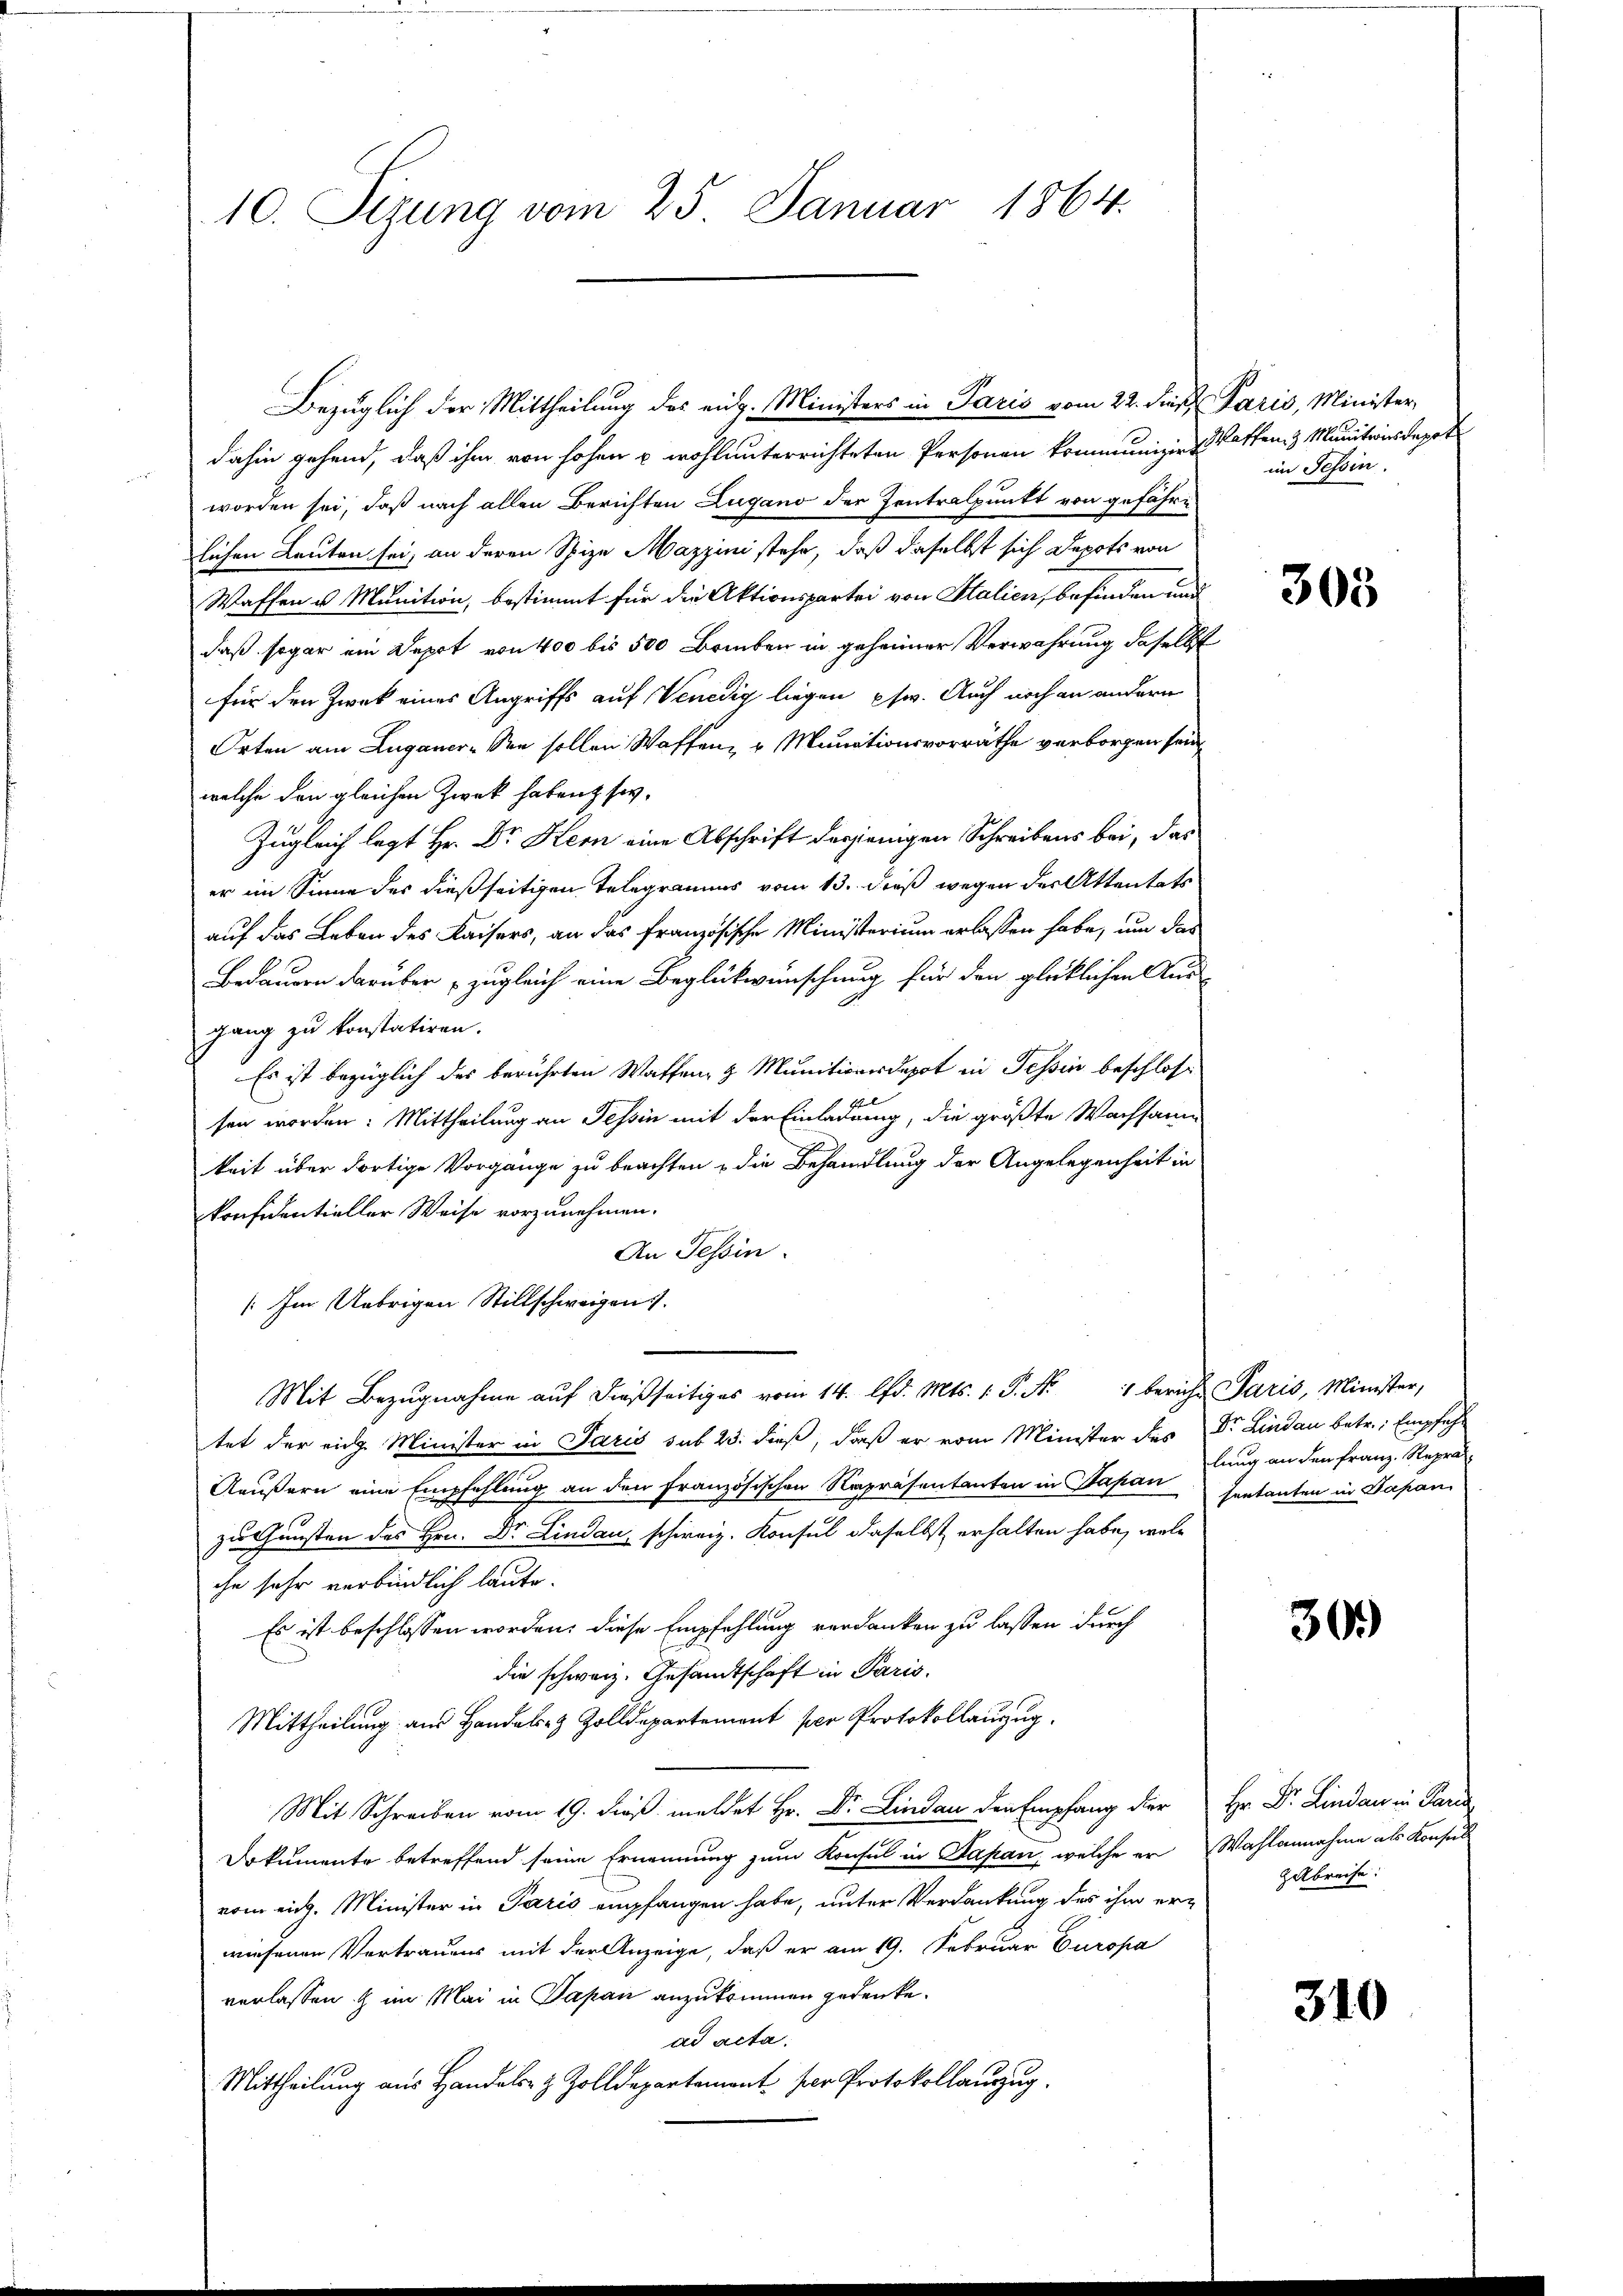
10. Sizung vom 25. Januar 1864.

Bezüglich der Mittheilung des eidg. Ministers in Paris vom 22. dieß Paris, Minister
dahin gehend, daß ihm von hohen u wohl unterrichteten Personen kommuniger Waffen & Munitrius depot
worden sei, daß nach allen Berichten Zugano der Zentralpunkt von gefährlichen Leuten sei, an deren Spize Mazzini stehe, daß daselbst sich Depots von
Waffen u Munition, bestimmt für die Aktionspartei von Stalien, befinden und
daß sogar ein Depot von 400 bis 500 Brieben in geheimer Verwahrung daselbst
für den Zwek eines Angriffs auf Venedig liegen psw. Auch noch an andern
Orten am Luganer-See sollen Waffen- u Munationsvorräthe verborgen sein
welche den gleichen Zweck haben sov
Zugleich legt Hr. Dr Kern eine Abschrift derjenigen Schreibens bei, das
er im Sinne des dießseitigen Telegramms vom 13. dieß wegen der Attentats
auf das Leben des Kaisers, an das französische Ministerium erlassen habe, um das
Bedauern darüber zugleich eine Beglückwünschung für den glücklichen Ausgang zu konstatiren.
Es ist bezüglich des berührten Waffen- & Muniticardepot in Tessin beschlosf Stel
sen worden: Mittheilung an Tessin mit der Einladung, die größte Wachsame
keit über dortige Vorgänge zu beachten, die Behandlung der Angelegenheit in
konfidentieller Weise vorzunehmen.
An Tessin.
[Im Uebrigen Stillschweigen.
Mit Bezugnahme auf dießseitiges vom 14. d. Mts. 1. P. Nr. 1 bericht Paris, Minister,
tet der rich Minister in Paris sub 23. dieß, daß er vom Minister des Dr. Lindau betr. Empfeh¬
Aeußern eine Empfehlung an den Französischen Repräsentanten in Papan
zu Gunsten des Hrn. Dr. Lindau, schweiz. Konsul daselbst erhalten habe, welche sehr verbindlich laute.
Es ist beschlossen worden, diese Empfehlung verdanken zu lassen durch
die schweiz. Gesandtschaft in Paris.
Mittheilung aus Handels- & Zolldepartement per Protokollauszug.
Mit Schreiben vom 19. dieß meldet Hr. Dr. Lindau den Empfang der
Dokumente betreffend seine Ernennung zum Konsul in Papan, welche er Wahlannahme als Konsul
vom eidg. Minister in Paris empfangen habe, unter Verdankung des ihm erwiesenen Vertrauens mit der Anzeige, daß er am 19. Februar Europa
verlassen & im Mai in Papan anzukommen gedenke.
ad acta.
Mittheilung aus Handels- & Zolldepartement per Protokollauszug.

im Tessin.

305

lung an den Franz. Reprä
sentanten in Japan

30.)

Hr. Dr. Lindau in Paris
Zelbreise:

310